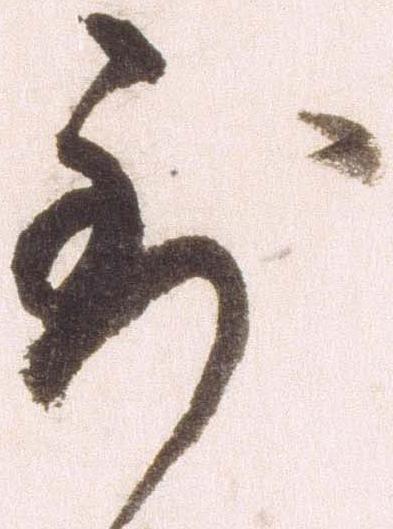
到